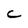
Character: C